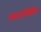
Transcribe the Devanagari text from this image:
आउटस्विंगिंग